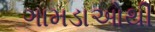
ગામડાઓથી